Scottish Certificate of Education, 1962
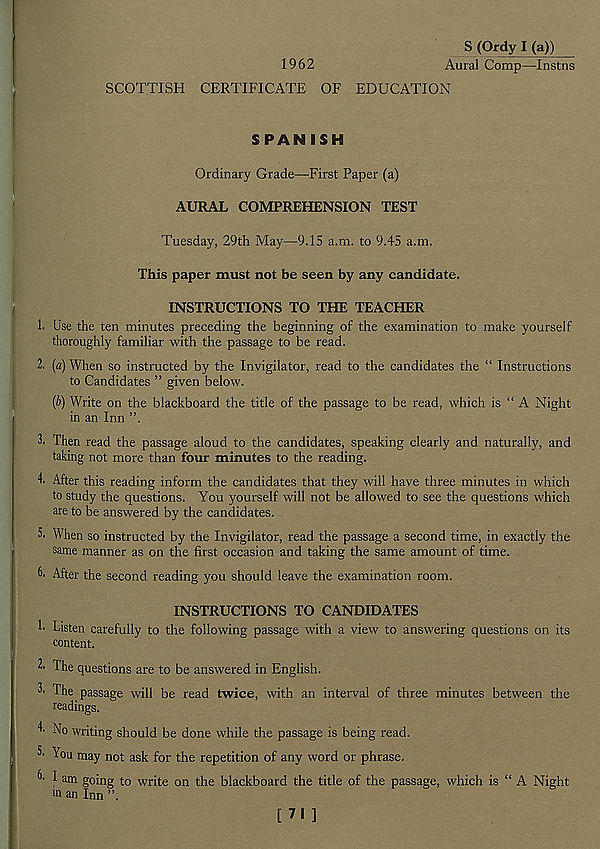
1962
S (Ordy I (a))
Aural Comp—Instns
SCOTTISH CERTIFICATE OF EDUCATION
SPAN ISH
Ordinary Grade—First Paper (a)
AURAL COMPREHENSION TEST
Tuesday, 29th May—9.15 a.m. to 9.45 a.m.
This paper must not be seen by any candidate.
INSTRUCTIONS TO THE TEACHER
1. Use the ten minutes preceding the beginning of the examination to make yourself
thoroughly familiar with the passage to be read.
2. (a) When so instructed by the Invigilator, read to the candidates the “ Instructions
to Candidates ” given below.
(I>) Write on the blackboard the title of the passage to be read, which is “ A Night
in an Inn ”.
3. Then read the passage aloud to the candidates, speaking clearly and naturally, and
taking not more than four minutes to the reading.
After this reading inform the candidates that they will have three minutes in which
to study the questions. You yourself will not be allowed to see the questions which
are to be answered by the candidates.
5. When so instructed by the Invigilator, read the passage a second time, in exactly the
same manner as on the first occasion and taking the same amount of time.
6- After the second reading you should leave the examination room.
INSTRUCTIONS TO CANDIDATES
k Listen carefully to the following passage with a view to answering questions on its
content.
k The questions are to be answered in English.
3' The passage will be read twice, with an interval of three minutes between the
readings.
k No writing should be done while the passage is being read.
^ You may not ask for the repetition of any word or phrase.
^ ^ am going to write on the blackboard the title of the passage, which is “ A Night
m an Inn ”.
[ 71 ]